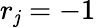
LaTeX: r_{\mathit{j}}=-1